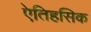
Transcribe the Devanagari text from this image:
एेतिहसिक